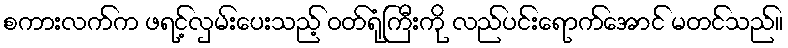
စကားလက်က ဖရင့်လှမ်းပေးသည့် ဝတ်ရုံကြီးကို လည်ပင်းရောက်အောင် မတင်သည်။